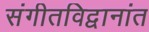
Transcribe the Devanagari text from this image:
संगीतविद्वानांत